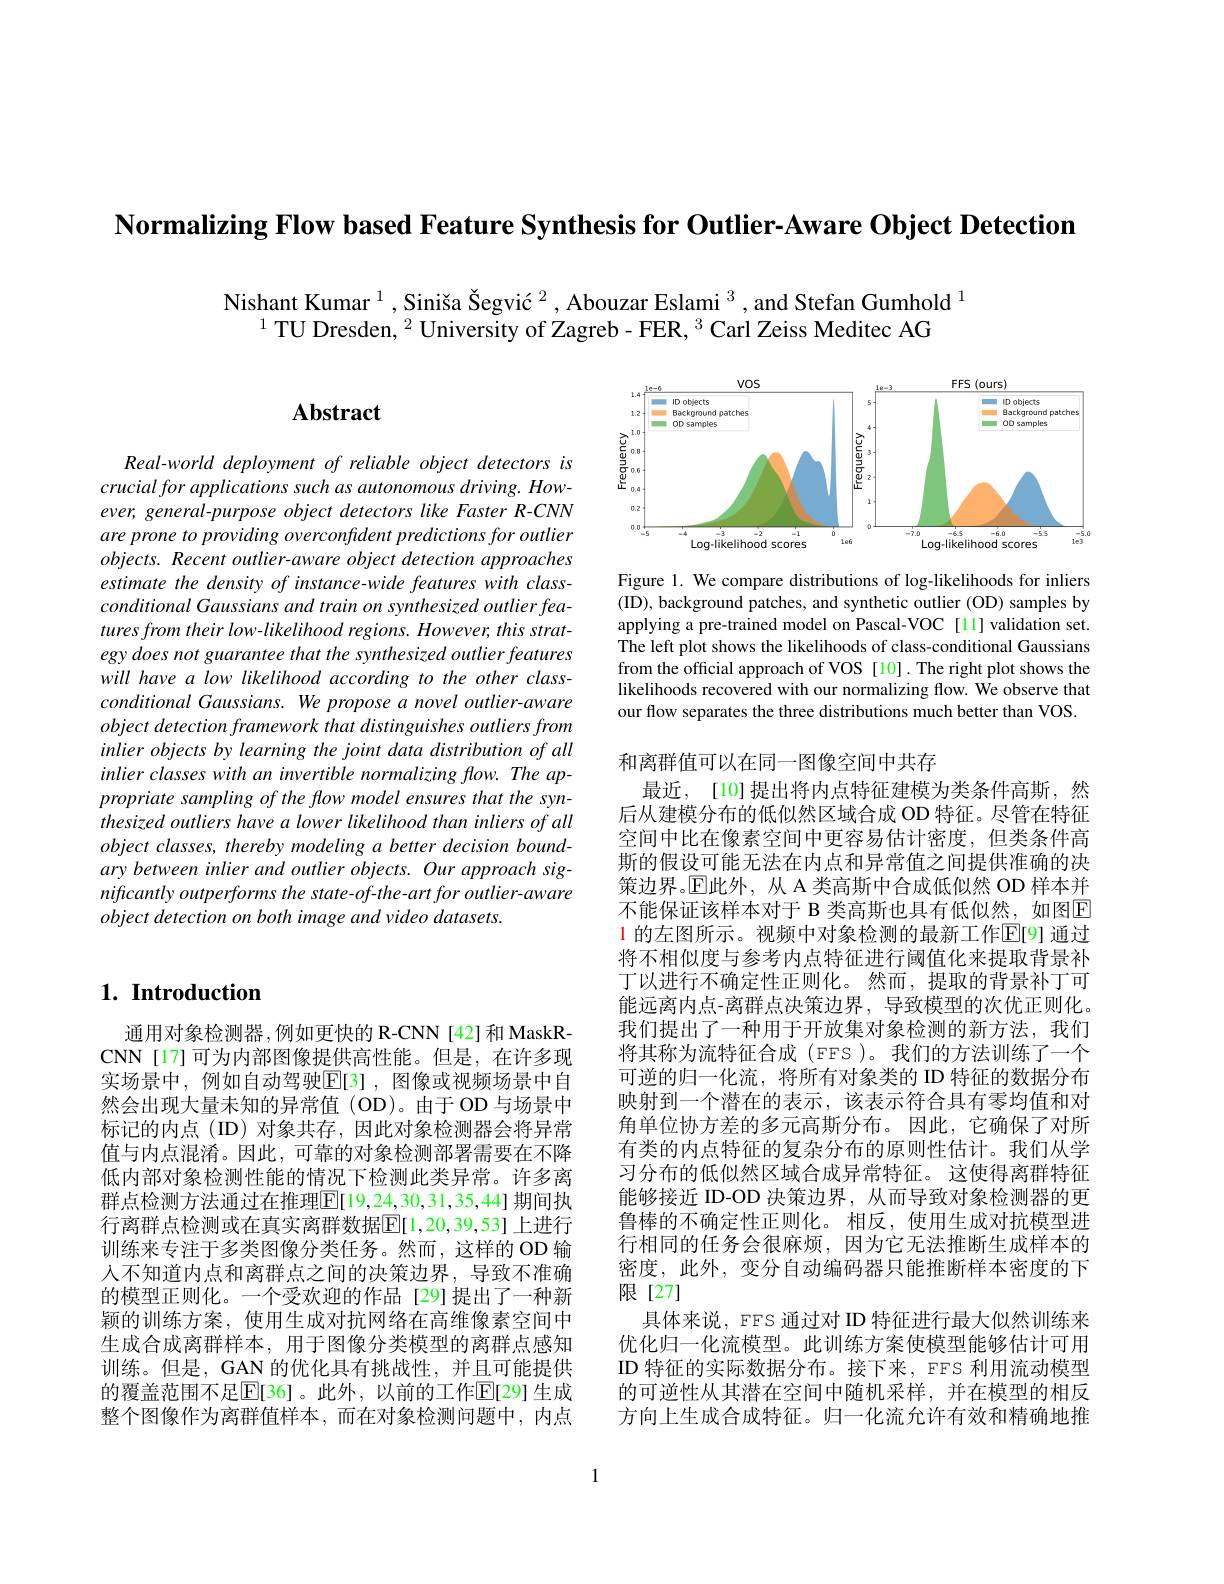
Normalizing Flow based Feature Synthesis for Outlier-Aware Object Detection

Nishant Kumar $^{1}$ , Siniša Šegvić $^{2}$ , Abouzar Eslami $^{3}$ , and Stefan Gumhold $^{1}$
$^{1}$ TU Dresden, $^2\text{University of Zagreb-FER, }^3$ Carl Zeiss Meditec AG

## $\mathbf{Abstract}$

<FigureHere>

Figure 1. We compare distributions of log-likelihoods for inliers (ID), background patches, and synthetic outlier (OD) samples by applying a pre-trained model on Pascal-VOC [11] validation set. The left plot shows the likelihoods of class-conditional Gaussians from the official approach of VOS [10]. The right plot shows the likelihoods recovered with our normalizing flow. We observe that our flow separates the three distributions much better than VOS.

Real-world deployment of reliable object detectors is crucial for applications such as autonomous driving. However, general-purpose object detectors like Faster R-CNN are prone to providing overconfident predictions for outlier objects. Recent outlier-aware object detection approaches estimate the density of instance-wide features with class- $conditional\textit{Gaussians and train on synthesized outlier fea- }$ tures from their low-likelihood regions. However, this strategy does not guarantee that the synthesized outlier features will have a low likelihood according to the other classconditional Gaussians. We propose a novel outlier-aware object detection framework that distinguishes outliers from inlier objects by learning the joint data distribution of all inlier classes with an invertible normalizing flow. The appropriate sampling of the flow model ensures that the synthesized outliers have a lower likelihood than inliers of all object classes, thereby modeling a better decision boundary between inlier and outlier objects. Our approach significantly outperforms the state-of-the-art for outlier-aware object detection on both image and video datasets.

## $1. \textbf{ Introduction}$

和离群值可以在同一图像空间中共存
最近，[10]提出将内点特征建模为类条件高斯，然后从建模分布的低似然区域合成 OD 特征。尽管在特征空间中比在像素空间中更容易估计密度，但类条件高斯的假设可能无法在内点和异常值之间提供准确的决策边界。$\operatorname{E}$此外，从 A 类高斯中合成低似然 OD 样本并不能保证该样本对于 B 类高斯也具有低似然，如图E $\color{red}{1\text{ 的左图所示。视频中对象检测的最新工作}\mathbb{E}}[9]$通过将不相似度与参考内点特征进行阈值化来提取背景补丁以进行不确定性正则化。然而，提取的背景补丁可能远离内点-离群点决策边界，导致模型的次优正则化。我们提出了一种用于开放集对象检测的新方法，我们将其称为流特征合成 (FFS )。我们的方法训练了一个可逆的归一化流，将所有对象类的 ID 特征的数据分布映射到一个潜在的表示，该表示符合具有零均值和对角单位协方差的多元高斯分布。因此，它确保了对所有类的内点特征的复杂分布的原则性估计。我们从学习分布的低似然区域合成异常特征。这使得离群特征能够接近 ID-OD 决策边界，从而导致对象检测器的更鲁棒的不确定性正则化。相反，使用生成对抗模型进行相同的任务会很麻烦，因为它无法推断生成样本的密度，此外，变分自动编码器只能推断样本密度的下限[27]
具体来说，FFS 通过对 ID 特征进行最大似然训练来优化归一化流模型。此训练方案使模型能够估计可用ID 特征的实际数据分布。接下来，EFS 利用流动模型的可逆性从其潜在空间中随机采样，并在模型的相反方向上生成合成特征。归一化流允许有效和精确地推

通用对象检测器，例如更快的 R-CNN[42]和MaskRCNN[17]可为内部图像提供高性能。但是，在许多现实场景中，例如自动驾驶$\mathbb{E}[3]$, 图像或视频场景中自然会出现大量未知的异常值(OD)。由于OD与场景中标记的内点 (ID) 对象共存，因此对象检测器会将异常值与内点混淆。因此，可靠的对象检测部署需要在不降低内部对象检测性能的情况下检测此类异常。许多离群点检测方法通过在推理$\boxed[19,24,30,31,35,44]$期间执行离群点检测或在真实离群数据$\mathbb{E}[1,20,39,53]$上进行训练来专注于多类图像分类任务。然而，这样的 OD 输人不知道内点和离群点之间的决策边界，导致不准确的模型正则化。一个受欢迎的作品[29]提出了一种新颖的训练方案，使用生成对抗网络在高维像素空间中生成合成离群样本，用于图像分类模型的离群点感知训练。但是，GAN 的优化具有挑战性，并且可能提供的覆盖范围不足$\boxed{\mathrm{E}}[36]$。此外，以前的工作$\mathbb{E}[29]$ 生成整个图像作为离群值样本，而在对象检测问题中，内点

1